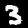
Label: 3